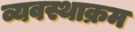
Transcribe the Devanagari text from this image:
व्यवस्थाक्रम